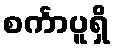
စင်္ကာပူရှိ